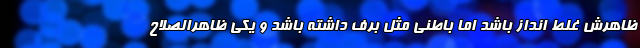
ظاهرش غلط انداز باشد اما باطنی مثل برف داشته باشد و یکی ظاهرالصلاح